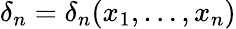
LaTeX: \delta_{n}=\delta_{n}(x_{1},\ldots,x_{n})